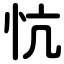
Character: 忼